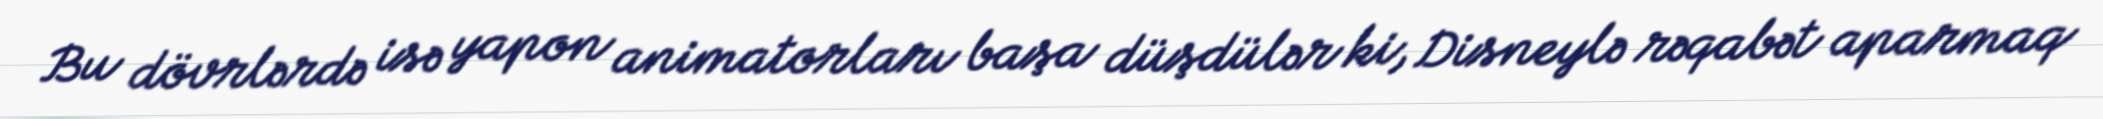
Bu dövrlərdə isə yapon animatorları başa düşdülər ki, Disneylə rəqabət aparmaq